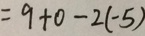
= 9 + 0 - 2 ( - 5 )